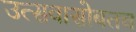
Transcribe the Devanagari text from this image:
उत्सवासोबतच